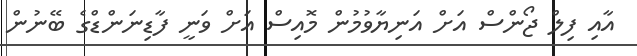
އާއި ފިލް ޖޯންސް އަށް އަނިޔާވުމުން މޮއިސް އަށް ވަނީ ފާޑިނަންޑްގެ ބޭނުން